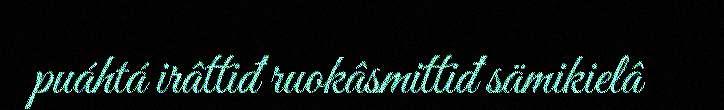
puáhtá irâttiđ ruokâsmittiđ sämikielâ